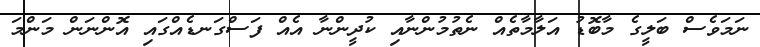
ނަމަވެސް ބަލީގެ މާބޮޑު އަލާމާތެއް ނެތުމުންނާއި ކުދީންނާ އެއް ފަސްގަނޑެއްގައި އޮންނަން މަންމަ